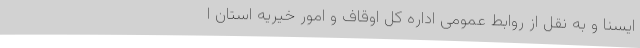
ایسنا و به نقل از روابط عمومی اداره کل اوقاف و امور خیریه استان ا